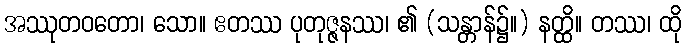
အဿုတဝတော၊ သော။ ဧတဿ ပုတုဇ္ဇနဿ၊ ၏ (သန္တာန်၌။) နတ္ထိ။ တဿ၊ ထို